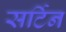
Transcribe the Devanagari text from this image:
सर्टिन